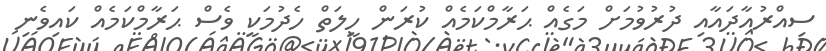
ސިއްރުއާދައާއި ދުރުވުމަށް މަގެއް ޙަރާމްކަމެއް ކުރަން ހީލަތް ހެދުމަކީ ވެސް ޙަރާމްކަމެއް ކައިވެނި